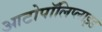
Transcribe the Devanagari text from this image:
आटोपॉलिप्लाइड